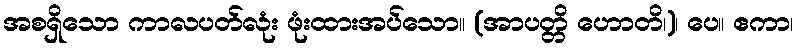
အစရှိသော ကာလပတ်လုံး ဖုံးထားအပ်သော။ (အာပတ္တိ ဟောတိ၊)၊ ပေ။ ဧကာ၊